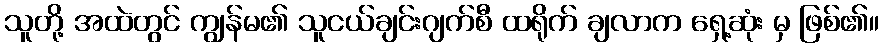
သူတို့ အထဲတွင် ကျွန်မ၏ သူငယ်ချင်းဂျက်စီ ထရိုက် ချလာက ရှေ့ဆုံး မှ ဖြစ်၏။